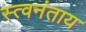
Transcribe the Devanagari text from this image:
स्त्वनंताय